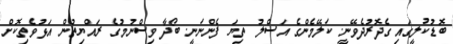
ބޮޑުކުލީގައި ގެދޮރުދެވޭނީ. ކަލޭމެންގެ އަސްލު ތިޔަ ފެންނަނީ. ބޯދާ ވިސްނުމުގެ ރައްޔިތުން އަޅުވެތިކޮށް